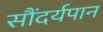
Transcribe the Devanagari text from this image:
सौंदर्यपान